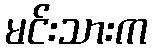
မင်းသားက